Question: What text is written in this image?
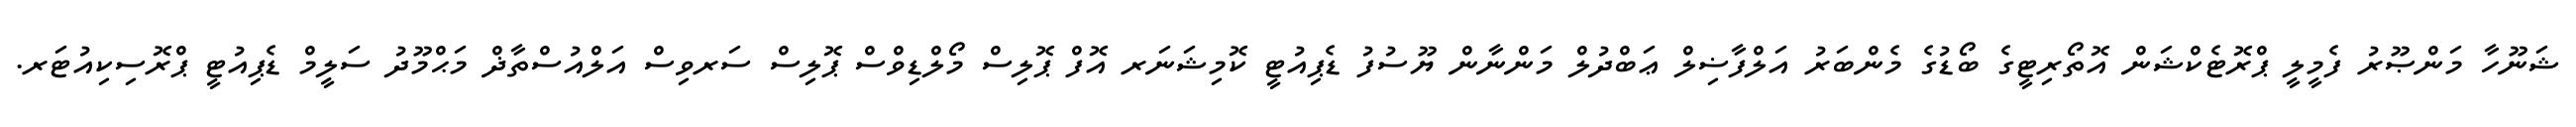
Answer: ޝަނޫހާ މަންޞޫރު ފެމީލީ ޕްރޮޓެކްޝަން އޮތޯރިޓީގެ ބޯޑުގެ މެންބަރު އަލްފާޟިލް ޢަބްދުލް މަންނާން ޔޫސުފު ޑެޕިއުޓީ ކޮމިޝަނަރ އޮފް ޕޮލިސް މޯލްޑިވްސް ޕޮލިސް ސަރވިސް އަލްއުސްތާޛް މަޙްމޫދު ސަލީމް ޑެޕިއުޓީ ޕްރޮސިކިއުޓަރ.